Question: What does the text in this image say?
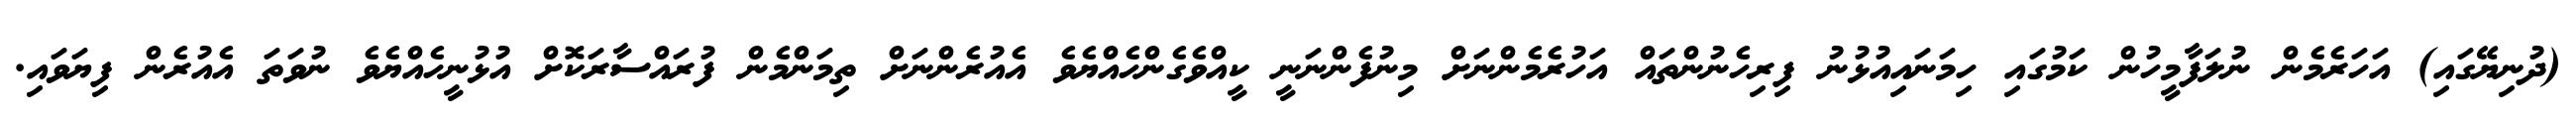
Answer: (ދުނިޔޭގައި) އަހަރެމެން ނުލަފާމީހުން ކަމުގައި ހިމަނައިއުޅުނު ފިރިހެނުންތައް އަހުރެމެންނަށް މިނުފެންނަނީ ކީއްވެގެންހެއްޔެވެ އެއުރެންނަށް ތިމަންމެން ފުރައްސާރަކޮށް އުޅުނީހެއްޔެވެ ނުވަތަ އެއުރެން ފިޔަވައި.